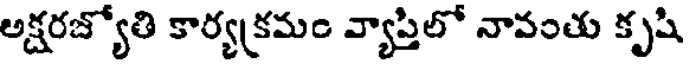
లక్షరజ్యోతి కార్యక్రమం వ్యాప్తిలో నావంతు కృషి